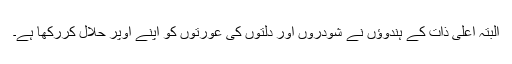
البتہ اعلیٰ ذات کے ہندوؤں نے شودروں اور دلتوں کی عورتوں کو اپنے اوپر حلال کررکھا ہے۔